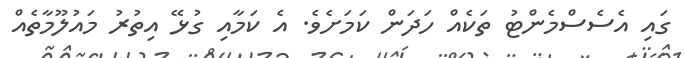
ގައި އެސެސްމެންޓު ތަކެއް ހަދަން ކަމަށެވެ. އެ ކަމާއި ގުޅޭ އިތުރު މައުލޫމާތެއް